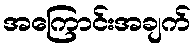
အကြောင်းအချက်